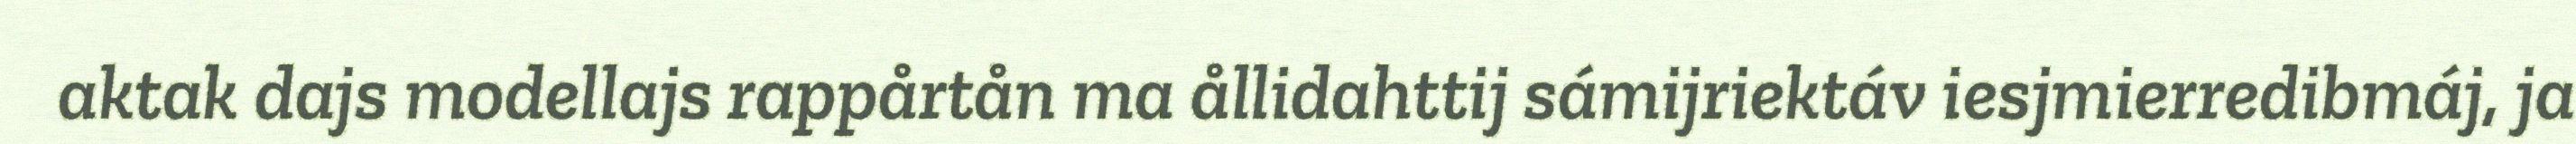
aktak dajs modellajs rappårtån ma ållidahttij sámijriektáv iesjmierredibmáj, ja